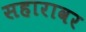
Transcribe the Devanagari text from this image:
सहारावर